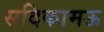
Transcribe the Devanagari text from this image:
सदिकामऊ